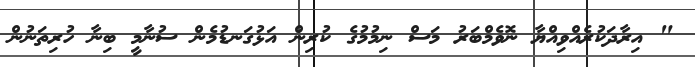
" އިރާދަކުރެއްވިއްޔާ ނޮވެމްބަރު މަސް ނިމުމުގެ ކުރިން އަޅުގަނޑުމެން ސުނާމީ ބިނާ ހުރިތަނުން